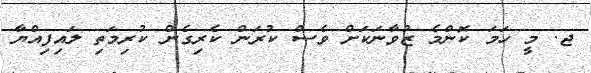
ޖ. މީ ހަމަ ކޮންމެ ޒުވާނަކަށް ވެސް ކުރަން ކެރިގެން ކުރިމަތި ލައިފިއްޔާ